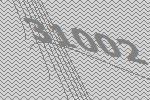
31002